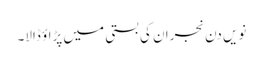
نویں دن نجران کی بستی میں پڑاؤ ڈالا۔